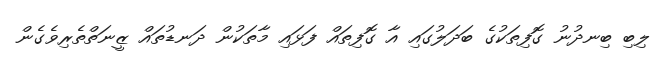
ލިބި ބިނދުނު ގޮފިތަކުގެ ބަދަލުގައި އާ ގޮފިތައް ފަޅައި މާތަކުން ދަނޑުތައް ޒީނަތްތެރިވެގެން